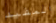
المفيد